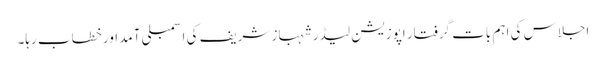
اجلاس کی اہم بات گرفتار اپوزیشن لیڈر شہباز شریف کی اسمبلی آمد اور خطاب رہا۔